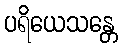
ပရိယေသန္တေ